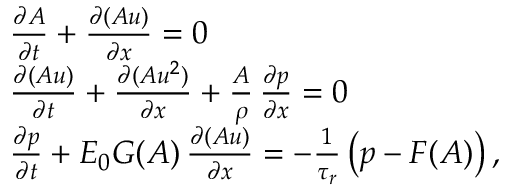
\begin{array} { r l } & { \frac { \partial A } { \partial t } + \frac { \partial ( A u ) } { \partial x } = 0 } \\ & { \frac { \partial ( A u ) } { \partial t } + \frac { \partial ( A u ^ { 2 } ) } { \partial x } + \frac { A } { \rho } \, \frac { \partial p } { \partial x } = 0 } \\ & { \frac { \partial p } { \partial t } + E _ { 0 } G ( A ) \, \frac { \partial ( A u ) } { \partial x } = - \frac { 1 } { \tau _ { r } } \left( p - F ( A ) \right) , } \end{array}